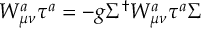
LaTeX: { \cal W } _ { \mu \nu } ^ { a } \tau ^ { a } = - g \Sigma ^ { \dagger } W _ { \mu \nu } ^ { a } \tau ^ { a } \Sigma \, \,